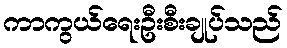
ကာကွယ်ရေးဦးစီးချုပ်သည်